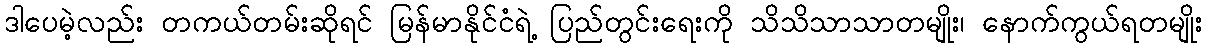
ဒါပေမဲ့လည်း တကယ်တမ်းဆိုရင် မြန်မာနိုင်ငံရဲ့ ပြည်တွင်းရေးကို သိသိသာသာတမျိုး၊ နောက်ကွယ်ရတမျိုး